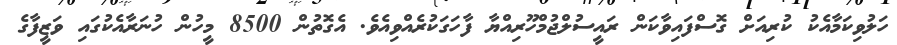
ހަލުވިކަމާއެކު ކުރިއަށް ގޮސްފައިވާކަން ރައީސުލްޖުމްހޫރިއްޔާ ފާހަގަކުރެއްވިއެވެ. އެގޮތުން 8500 މީހުން ހުނަރާއެކުގައި ވަޒީފާގެ